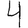
Digit: 4